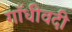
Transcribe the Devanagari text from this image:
गाँधीवदी